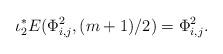
LaTeX: \begin{align*}\iota_2^*E(\Phi_{i,j}^2,(m+1)/2)=\Phi_{i,j}^2.\end{align*}